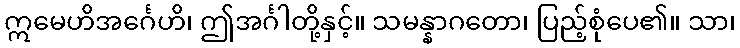
ဣမေဟိအင်္ဂေဟိ၊ ဤအင်္ဂါတို့နှင့်။ သမန္နာဂတော၊ ပြည့်စုံပေ၏။ သာ၊